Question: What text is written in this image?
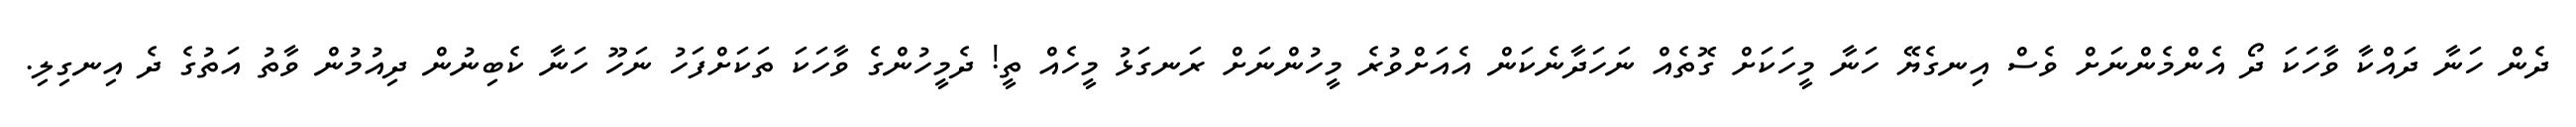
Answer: ދެން ހަނާ ދައްކާ ވާހަކަ ދޯ އެންމެންނަށް ވެސް އިނގެޔޭ ހަނާ މީހަކަށް ގޮތެއް ނަހަދާނެކަން އެއަށްވުރެ މީހުންނަށް ރަނގަޅު މީހެއް ތީ! ދެމީހުންގެ ވާހަކަ ތަކަށްފަހު ނަހޫ ހަނާ ކެބިނުން ދިއުމުން ވާތު އަތުގެ ދެ އިނގިލި.